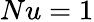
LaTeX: Nu=1